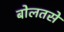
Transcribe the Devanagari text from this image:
बोलतसे